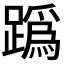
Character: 𨅌